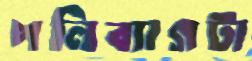
পলিব্যাগটা